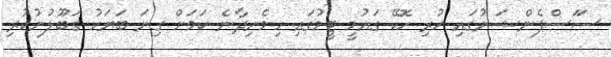
ސަަސްޕެންޝަނުގައި ހުރި ހޮކޭ ގައުމީ ޓީމުގައި ހިމެނިދާނެ ކަމަށް ގިނަ ބަޔަކު ގަބޫލުނުކުރި